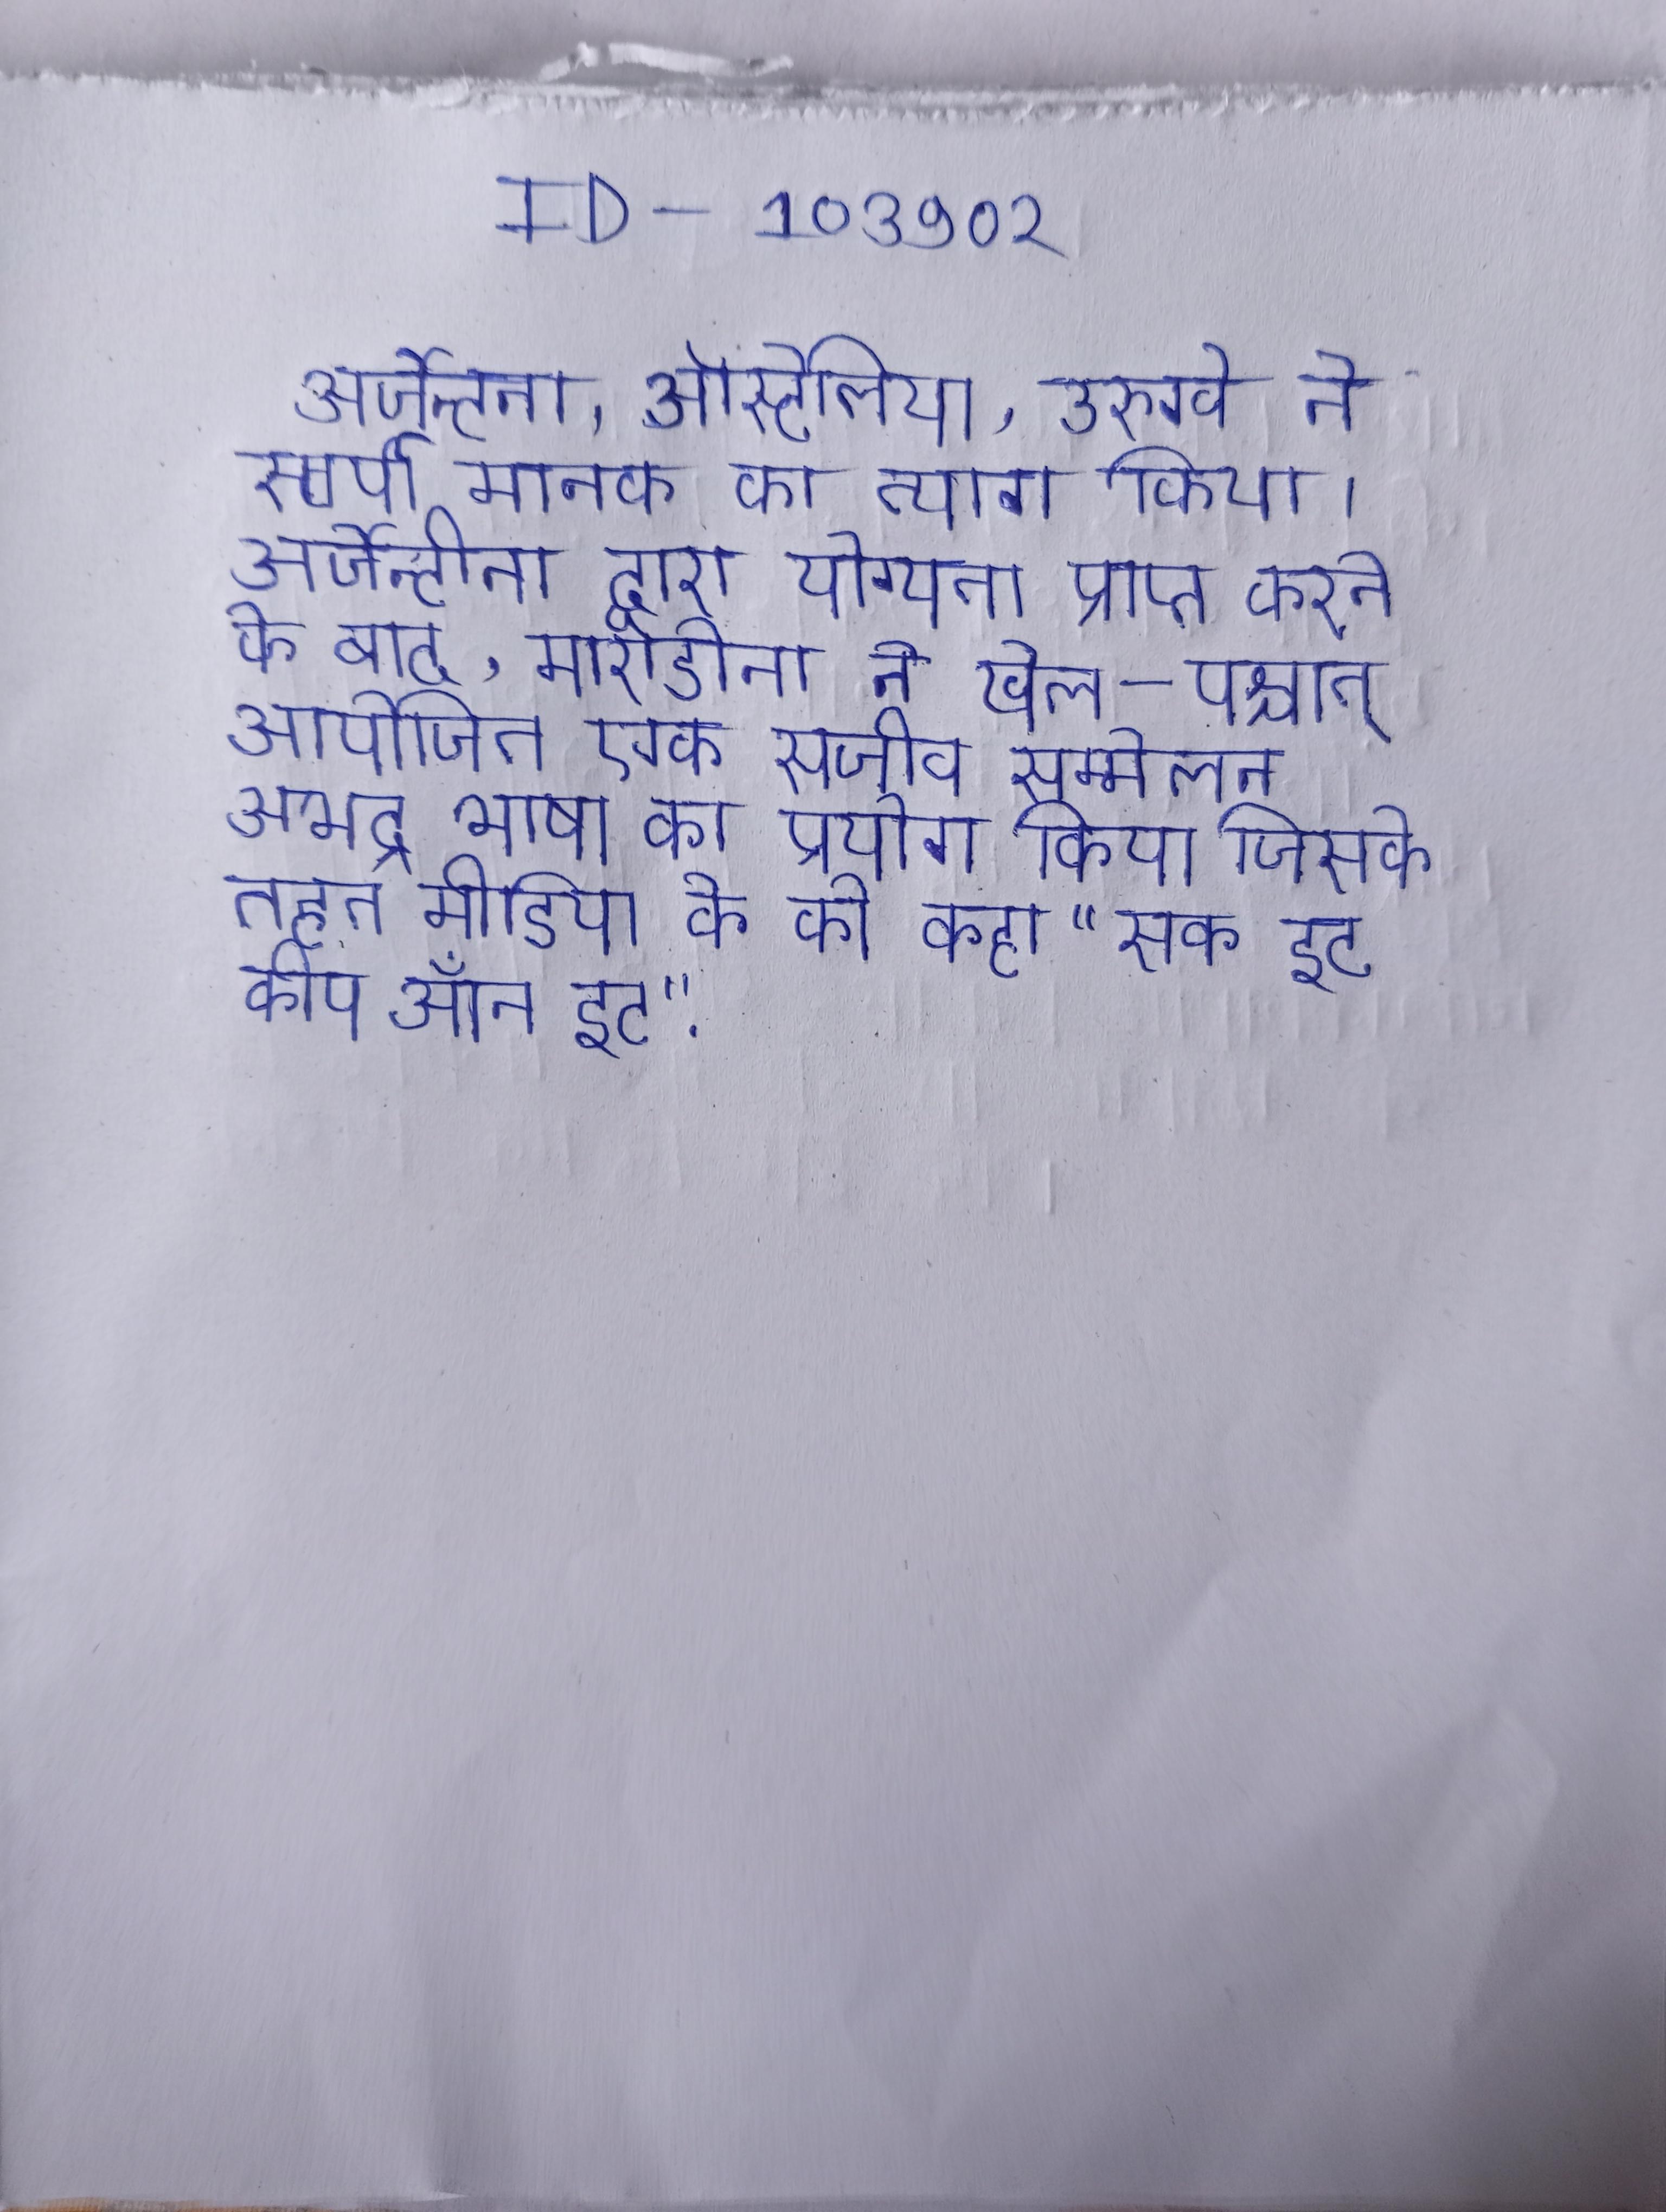
अर्जेन्टीना, ऑस्ट्रेलिया, उरुग्वे ने स्वर्ण मानक का त्याग किया । अर्जेन्टीना द्वारा योग्यता प्राप्त करने के बाद, माराडोना ने खेल-पश्चात् आयोजित एक सजीव सम्मेलन अभद्र भाषा का प्रयोग किया जिसके तहत मीडिया के को कहा "सक इट कीप ऑन इट" .